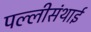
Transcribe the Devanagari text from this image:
पल्‍लीसंथाई